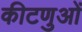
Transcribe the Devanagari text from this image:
कीटणुओं